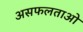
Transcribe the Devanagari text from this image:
असफलताओ